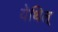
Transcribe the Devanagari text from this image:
येथिल्